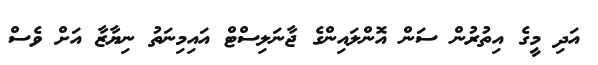
އަދި މީގެ އިތުރުން ސަން އޮންލައިންގެ ޖާނަލިސްޓް އައިމިނަތު ނިޔާޒާ އަށް ވެސް